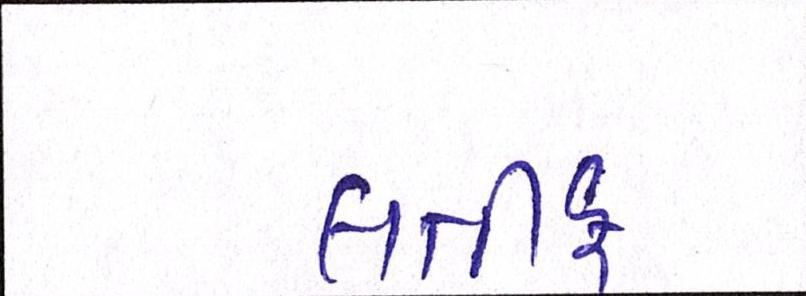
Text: લતીફ